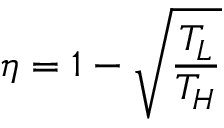
\eta = 1 - { \sqrt { \frac { T _ { L } } { T _ { H } } } }